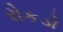
રોકડો